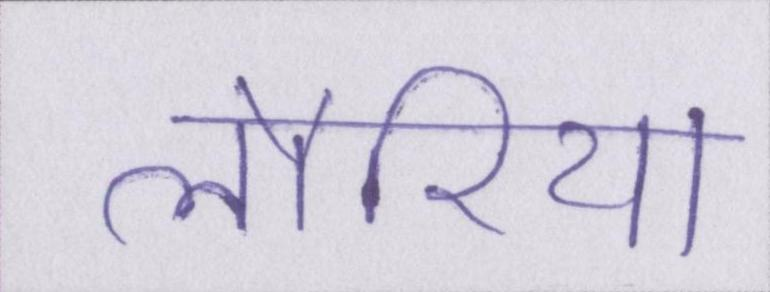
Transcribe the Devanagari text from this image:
लौरिया